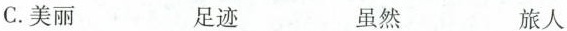
C.美丽 足迹 虽然 旅人